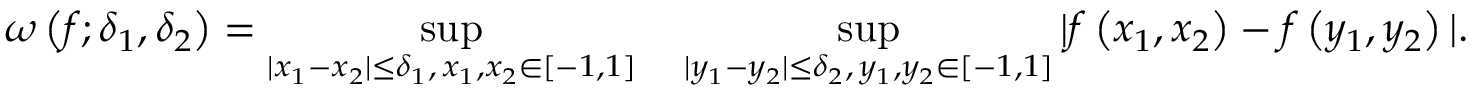
\omega \left( f ; \delta _ { 1 } , \delta _ { 2 } \right) = \operatorname* { s u p } _ { | x _ { 1 } - x _ { 2 } | \leq \delta _ { 1 } , \, x _ { 1 } , x _ { 2 } \in [ - 1 , 1 ] } \quad \operatorname* { s u p } _ { | y _ { 1 } - y _ { 2 } | \leq \delta _ { 2 } , \, y _ { 1 } , y _ { 2 } \in [ - 1 , 1 ] } | f \left( x _ { 1 } , x _ { 2 } \right) - f \left( y _ { 1 } , y _ { 2 } \right) | .